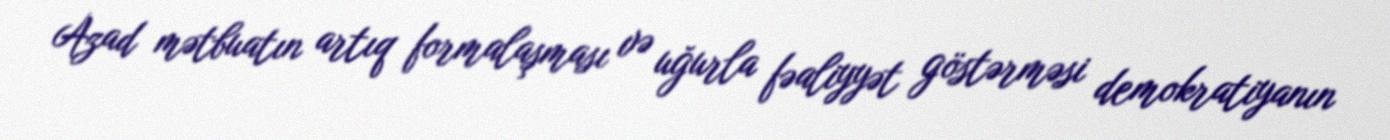
Azad mətbuatın artıq formalaşması və uğurla fəaliyyət göstərməsi demokratiyanın